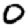
Digit: 0